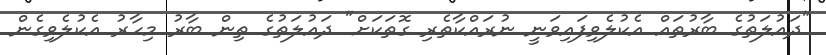
"ދައުލަތުގެ ބާރުތައް އެކުލެވިފައިވަނީ ނުރައްކާތެރި ގޮތަކަށް" ދައުލަތުގެ ތިން ބާރު މިހާރު އެކުލެވިގެން